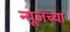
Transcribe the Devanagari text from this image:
न्यूजच्या